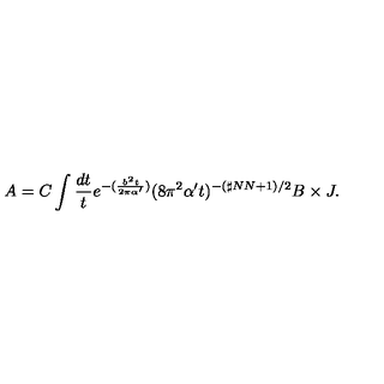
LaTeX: A = C \int \frac { d t } { t } e ^ { - ( \frac { b ^ { 2 } t } { 2 \pi \alpha ^ { \prime } } ) } ( 8 \pi ^ { 2 } \alpha ^ { \prime } t ) ^ { - ( \sharp N N + 1 ) / 2 } B \times J .